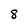
Character: 8